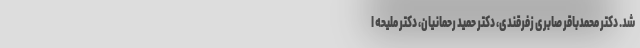
شد. دکتر محمدباقر صابری زفرقندی، دکتر حمید رحمانیان، دکتر ملیحه ا